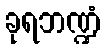
ခုရဘဏ္ဍံ